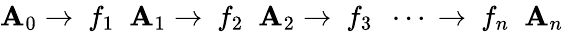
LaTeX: \mathbf{A}_{0}\; {\xrightarrow{}{{\ f_{1}\ }}}\; \mathbf{A}_{1}\; {\xrightarrow{}{{\ f_{2}\ }}}\; \mathbf{A}_{2}\; {\xrightarrow{}{{\ f_{3}\ }}}\; \cdots\; {\xrightarrow{}{{\ f_{n}\ }}}\; \mathbf{A}_{n}